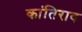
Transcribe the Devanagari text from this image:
कांतिराव